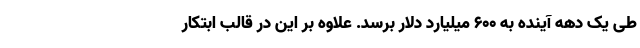
طی یک دهه آینده به 600 میلیارد دلار برسد. علاوه بر این در قالب ابتکار